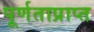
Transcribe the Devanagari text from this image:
पूर्णताप्राप्त